Civil Veterinary Dept. Bombay admin report 1923-31 - 1923-1931
Year: 1923
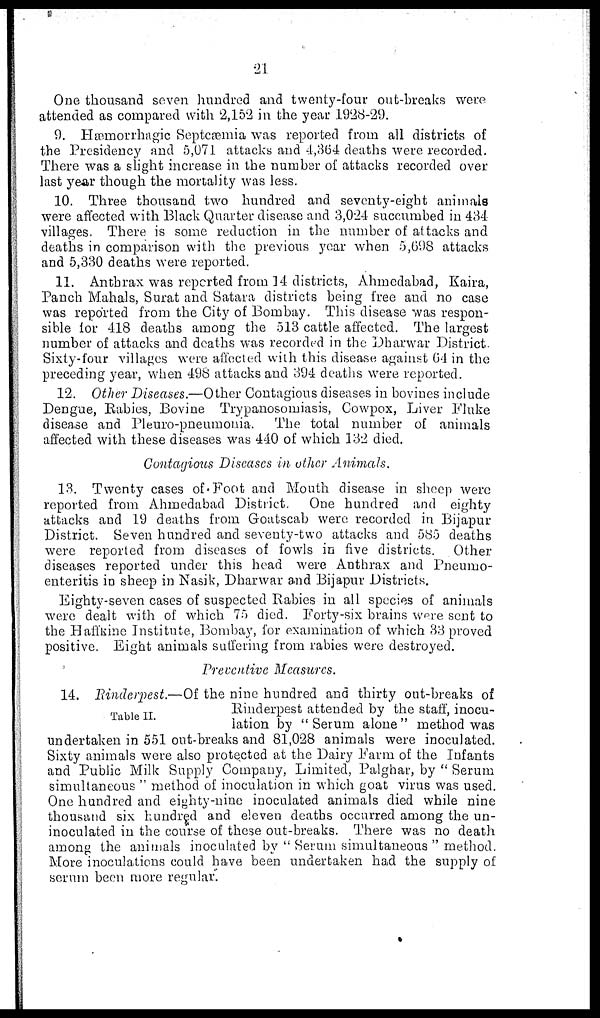
21
One thousand seven hundred and twenty-four out-breaks were
attended as compared with 2,152 in the year 1928-29.
9. Hæmorrhagic Septcæmia was reported from all districts of
the Presidency and 5,071 attacks and 4,364 deaths were recorded.
There was a slight increase in the number of attacks recorded over
last year though the mortality was less.
10. Three thousand two hundred and seventy-eight animals
were affected with Black Quarter disease and 3,024 succumbed in 434
villages. There is some reduction in the number of attacks and
deaths in comparison with the previous year when 5,698 attacks
and 5,330 deaths were reported.
11. Anthrax was reported from 14 districts, Ahmedabad, Kaira,
Panch Mahals, Surat and Satara districts being free and no case
was reported from the City of Bombay. This disease was respon-
sible for 418 deaths among the 513 cattle affected. The largest
number of attacks and deaths was recorded in the Dharwar District
Sixty-four villages were affected with this disease against 64 in the
preceding year, when 498 attacks and 394 deaths were reported.
12. Other Diseases.—Other Contagious diseases in bovines include
Dengue, Rabies, Bovine Trypanosomiasis, Cowpox, Liver Fluke
disease and Pleuro-pneumonia. The total number of animals
affected with these diseases was 440 of which 132 died.
Contagious Diseases in other Animals.
13. Twenty cases of Foot and Mouth disease in sheep were
reported from Ahmedabad District. One hundred and eighty
attacks and 19 deaths from Goatscab were recorded in Bijapur
District. Seven hundred and seventy-two attacks and 585 deaths
were reported from diseases of fowls in five districts. Other
diseases reported under this head were Anthrax and Pneumo-
enteritis in sheep in Nasik, Dharwar and Bijapur Districts.
Eighty-seven cases of suspected Rabies in all species of animals
were dealt with of which 75 died. Forty-six brains were sent to
the Haffkine Institute, Bombay, for examination of which 33 proved
positive. Eight animals suffering from rabies were destroyed.
Preventive Measures.
Table II.
14. Rinderpest.—Of the nine hundred and thirty out-breaks of
Rinderpest attended by the staff, inocu-
lation by "Serum alone" method was
undertaken in 551 out-breaks and 81,028 animals were inoculated.
Sixty animals were also protected at the Dairy Farm of the Infants
and Public Milk Supply Company, Limited, Palghar, by "Serum
simultaneous "method of inoculation in which goat virus was used.
One hundred and eighty-nine inoculated animals died while nine
thousand six hundred and eleven deaths occurred among the un-
inoculated in the course of these out-breaks. There was no death
among the animals inoculated by "Serum simultaneous "method.
More inoculations could have been undertaken had the supply of
serum been more regular.